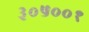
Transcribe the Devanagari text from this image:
३०५००१